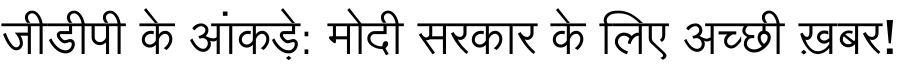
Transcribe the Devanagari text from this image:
जीडीपी के आंकड़े: मोदी सरकार के लिए अच्छी ख़बर!